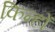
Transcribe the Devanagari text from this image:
किन्हों